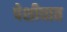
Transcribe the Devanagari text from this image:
पेशीघात